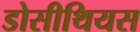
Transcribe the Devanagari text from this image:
डोसीथियस